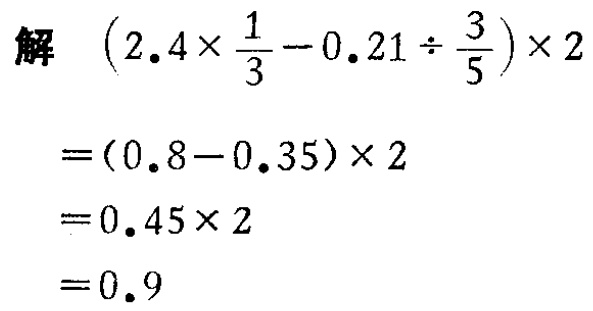
解 \((2.4\times\frac{1}{3} - 0.21\div\frac{3}{5})\times2\)

\(=(0.8 - 0.35)\times2\)

\(=0.45\times2\)

\(=0.9\)